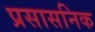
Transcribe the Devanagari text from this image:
प्रसासनिक